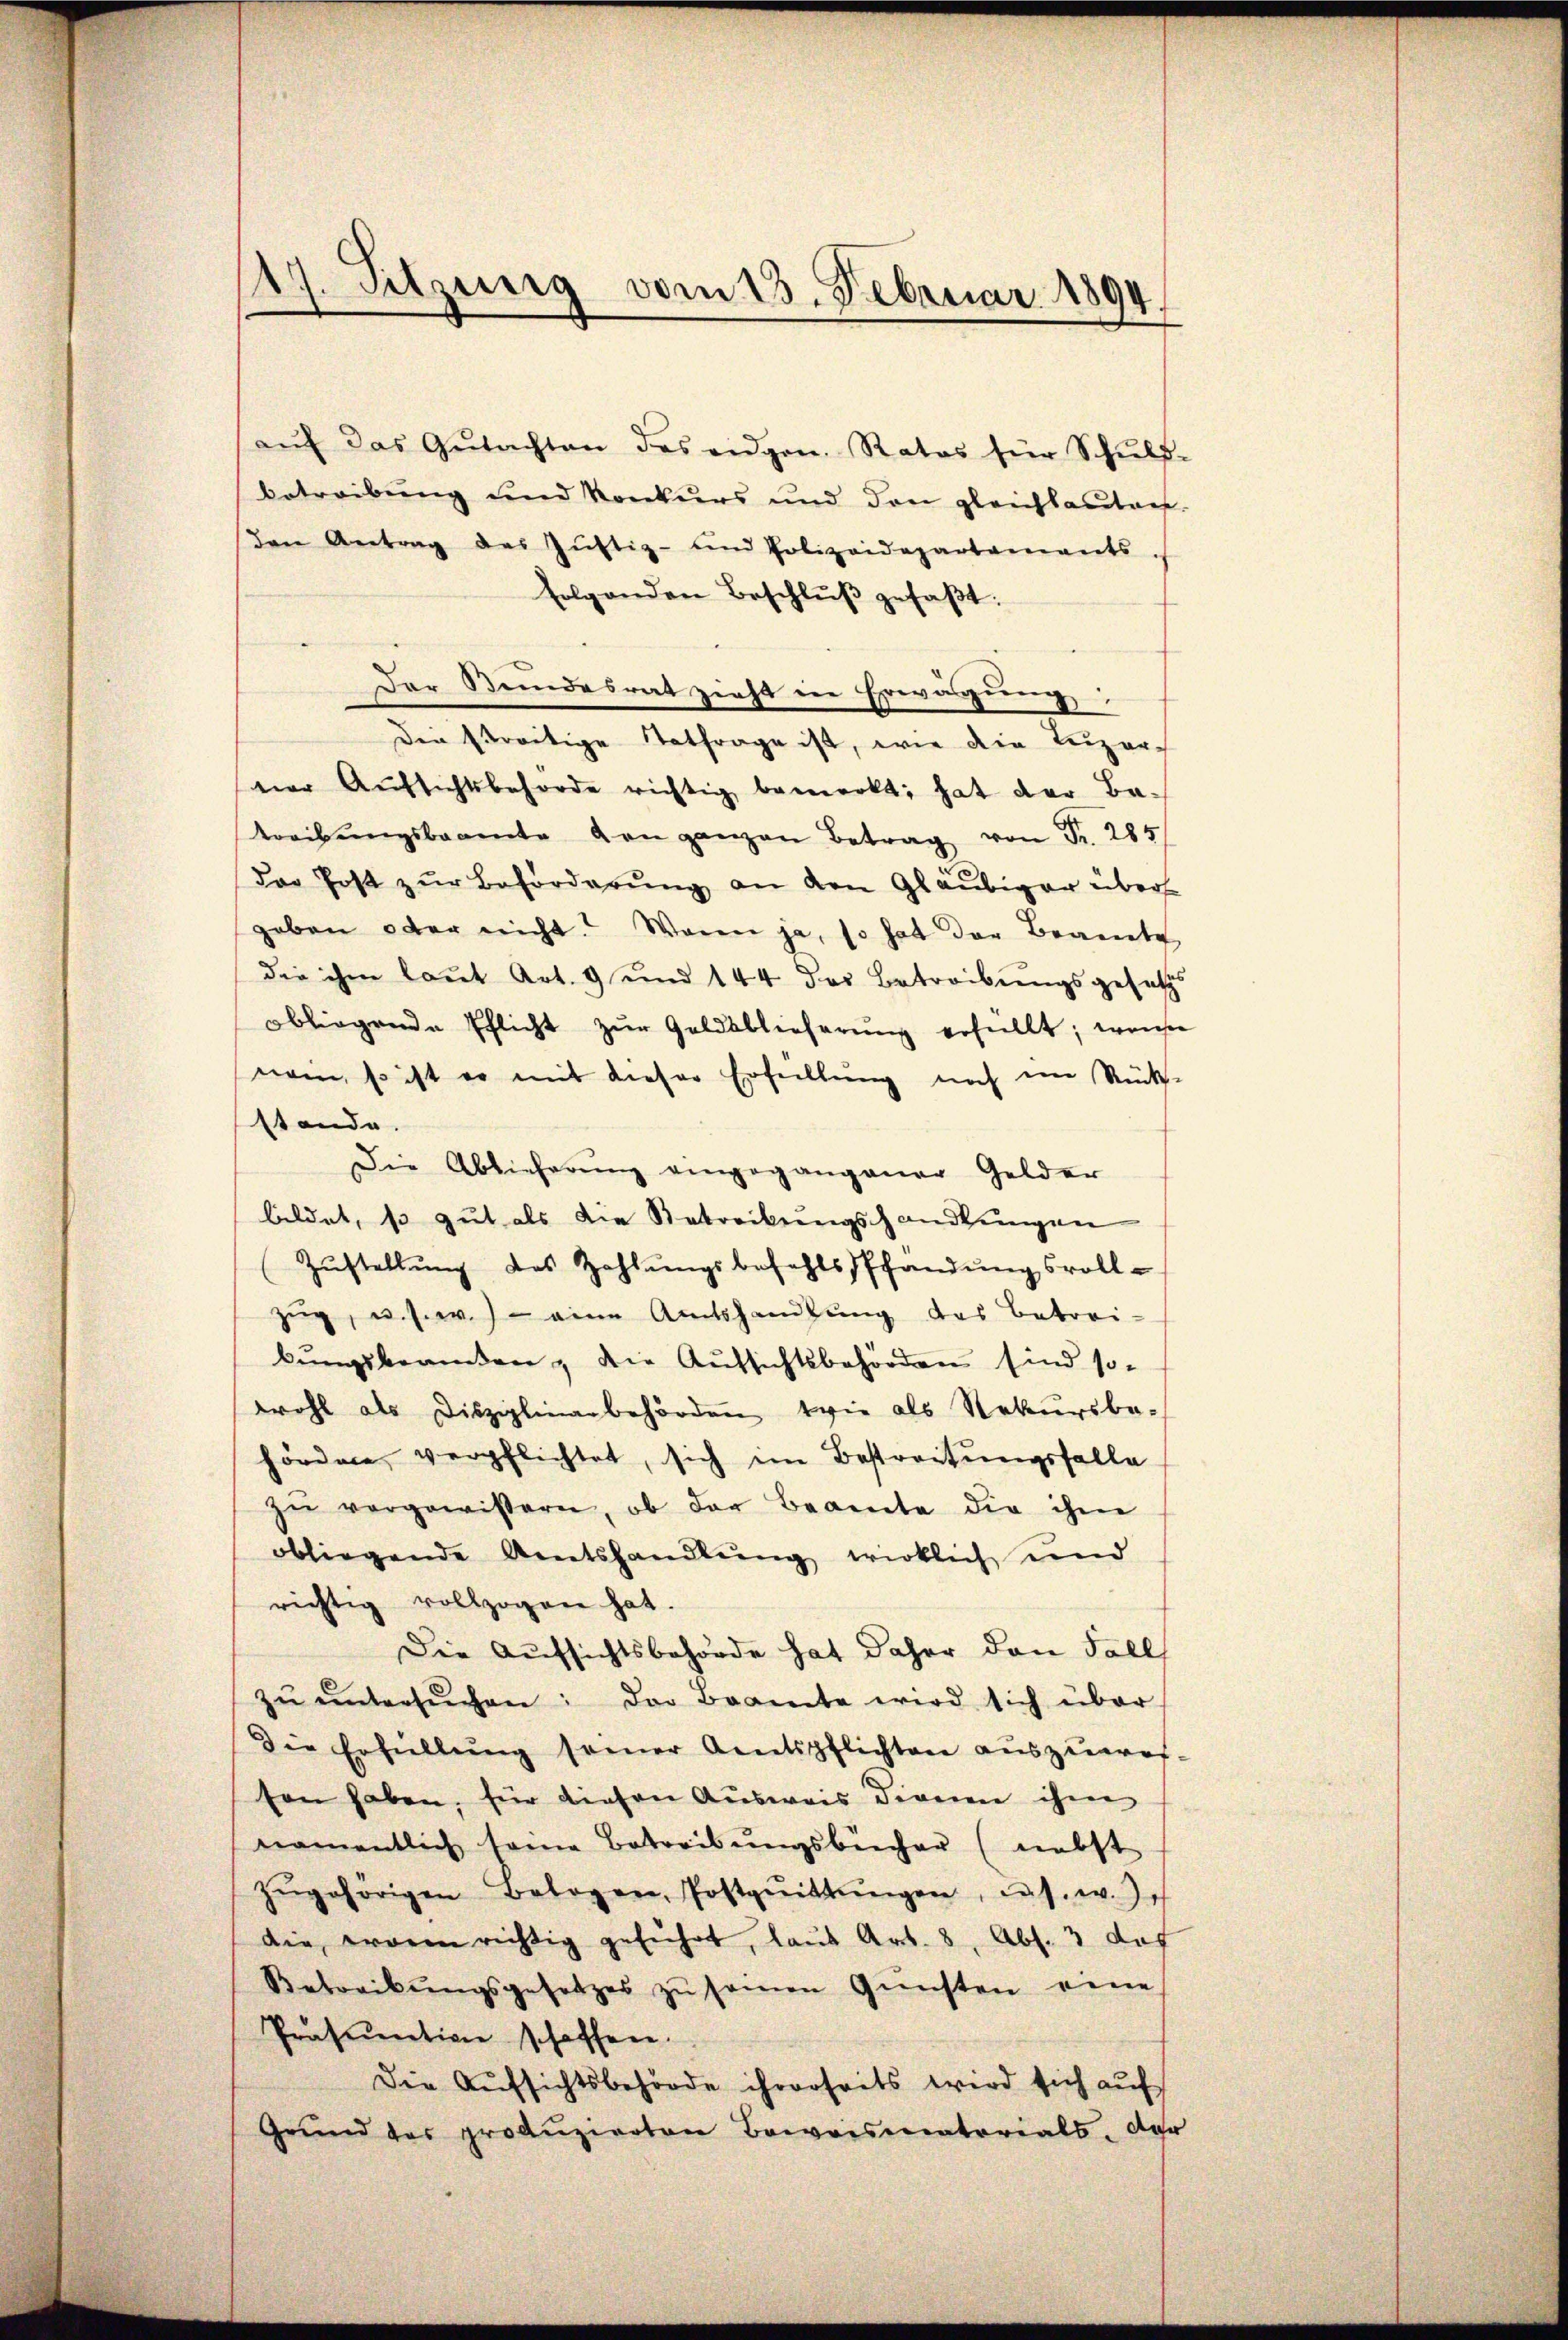
147. Sitzung vom 15. Februar 1894.

aŭf das Gŭtachten des eidgen. Rates für Schŭls-
betreibung und Konkurs und den gleichbautant-
den Antrag des Justiz- und Polizeidepartements
folgenden Beschlŭβ gefaβt.
Der Stundesrat zieht in Erwägung
den streitige Tatfrage ist, wie die Luzer-
ner Aŭfsichtsbehörde richtig bemerkt; hat der Be-
treibŭngsbeamte von ganzen Betrag von Fr. 285
der Post zŭr Beförderung an den Gläubiger über-
geben oder nicht. Wenn ja, so hat der Beamte
die ihm laut Art. 9 und 144 der Betreibungsgesetz
obliegende Pflicht zŭr Goldsblicherŭng erfüllt; wen
nom, so ist er mit dieser Erfüllung noch im Rücks-
stande.
Die Ablieferung eingegangener Gelder
bildet, so gut als die Betreckungshandlungen
Zŭstellŭng des Zahlŭngsbefehls Pfandŭngsvoll-
zug, u. s. w.) eine Amtshandlung das Betrei-
bŭngsbeamten, die Aŭssichtsbehörden sind so-
wohl als Disziplinarbehörden wie als Rekursbe-
hördere verpflichtet, sich im Bestreitungsfalle
zŭ vergewissern, ob der Beamte die ihm
obliegende Amtshandlŭng wirklich und
richtig vollzogen hat.
Die Aufsichtsbehörde hat daher den Fall
zŭ ŭntersŭchen: der Beamte wird sich über
Die Erfüllung seiner Amtspflichten auszuwesson haben, für diesen Ausweis dienen ihm
namentlich seine Betreibŭngsbücher (nebst
zŭgehörigen Belogen, Postgnittŭngen, das. w.),
die waren richtig geführt, laut Art. 8, Abs. 3 des
Betreibŭngsgesetzes zŭ seien Gŭnsten eine
Präsention schaffen.
Die Aufsichtsbehörde ihrerseits wird sich auf
Grŭnd des produzierten Beweismatorials. Der